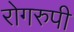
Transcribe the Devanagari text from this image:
रोगरुपी